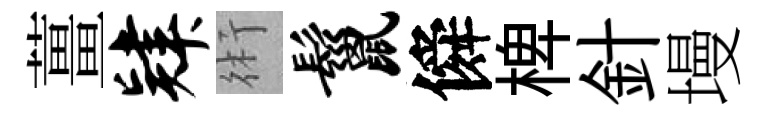
薑肄術鬣僢椑針墁